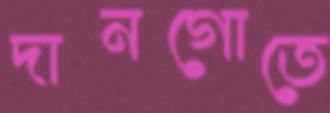
দানগোতে